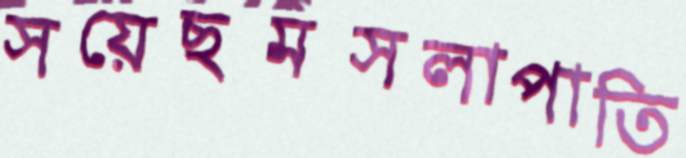
সয়েছমসলাপাতি